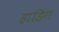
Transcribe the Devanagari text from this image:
हाडिंग